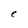
Character: e